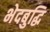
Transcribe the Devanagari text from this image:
भेदबुद्धि